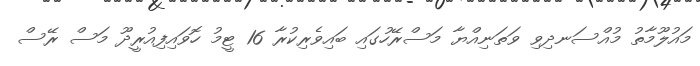
މައުލޫމާތު މުއްސަނދިވި ވަތަނިއްޔާ މަސްރޭހުގައި ބައިވެރިކުރާ 16 ޓީމު ހޮވައިފިއުރީދޫ މަސް ރޭސް